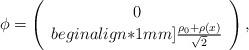
LaTeX: \begin{align*}{\phi}=\left(\begin{array}{cl}0\\begin{align*}1mm]\frac{\rho_0+\rho(x)}{\sqrt{2}}\end{array}\right),\end{align*}